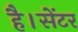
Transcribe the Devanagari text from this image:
है।सेंटर